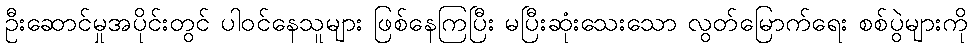
ဦးဆောင်မှုအပိုင်းတွင် ပါဝင်နေသူများ ဖြစ်နေကြပြီး မပြီးဆုံးသေးသော လွတ်မြောက်ရေး စစ်ပွဲများကို